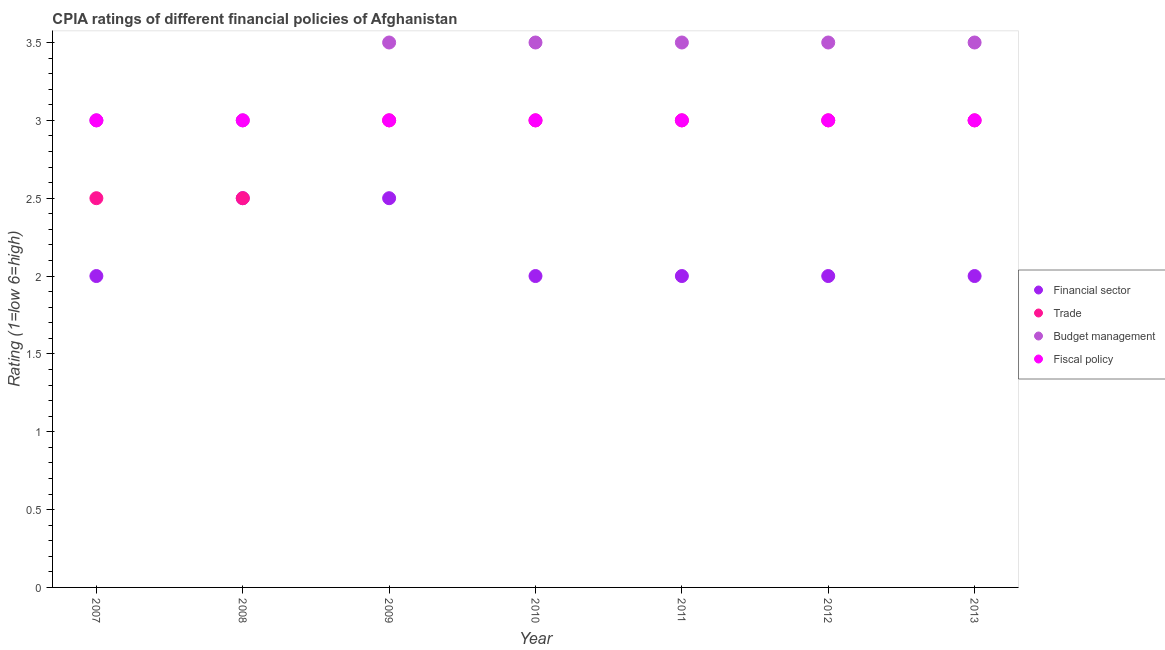
| Year | Financial sector | Trade | Budget management | Fiscal policy |
 | --- | --- | --- | --- | --- |
 | 2007 | 2 | 2.5 | 3 | 3 |
 | 2008 | 2.5 | 2.5 | 3 | 3 |
 | 2009 | 2.5 | 3 | 3.5 | 3 |
 | 2010 | 2 | 3 | 3.5 | 3 |
 | 2011 | 2 | 3 | 3.5 | 3 |
 | 2012 | 2 | 3 | 3.5 | 3 |
 | 2013 | 2 | 3 | 3.5 | 3 |